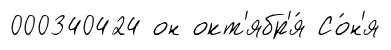
000340424 он окт'ябр'я́ Со́н'я